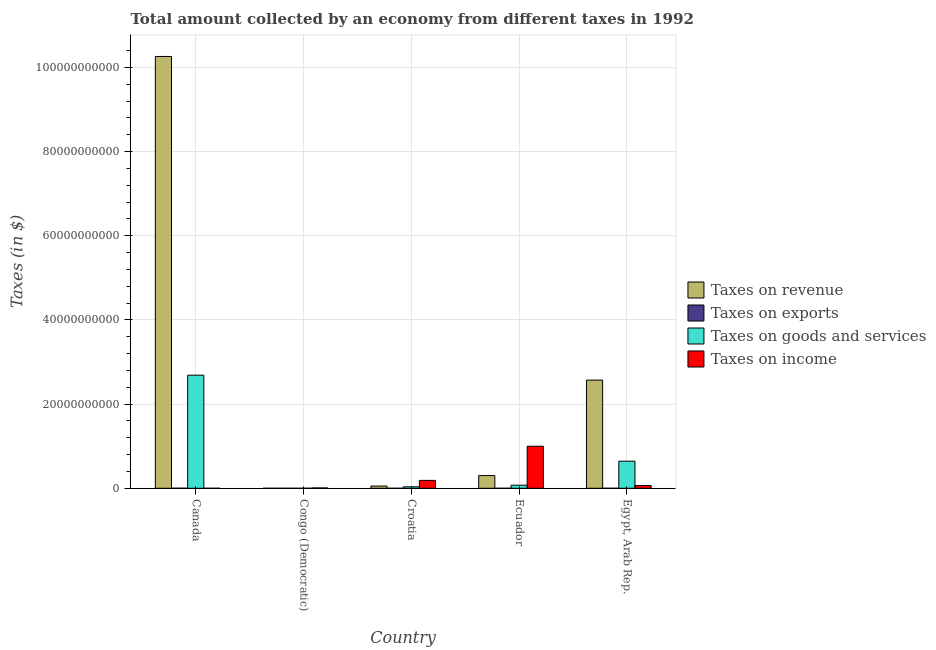
| Country | Taxes on revenue | Taxes on exports | Taxes on goods and services | Taxes on income |
 | --- | --- | --- | --- | --- |
 | Canada | 1.03e+11 | 1.18e+07 | 2.69e+10 | 104 |
 | Congo (Democratic) | 483 | 3.2e+05 | 188 | 8.4e+07 |
 | Croatia | 5.34e+08 | 2.04e+06 | 3.46e+08 | 1.88e+09 |
 | Ecuador | 3.02e+09 | 3.1e+05 | 7.34e+08 | 9.99e+09 |
 | Egypt, Arab Rep. | 2.57e+10 | 8.8e+05 | 6.44e+09 | 6.6e+08 |